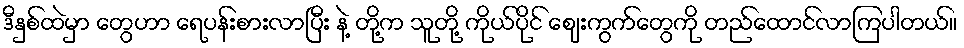
ဒီနှစ်ထဲမှာ တွေဟာ ရေပန်းစားလာပြီး နဲ့ တို့က သူတို့ ကိုယ်ပိုင် ဈေးကွက်တွေကို တည်ထောင်လာကြပါတယ်။